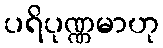
ပရိပုဏ္ဏမာဟု